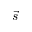
\vec { s }